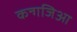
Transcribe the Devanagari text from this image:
कन्गजिआ